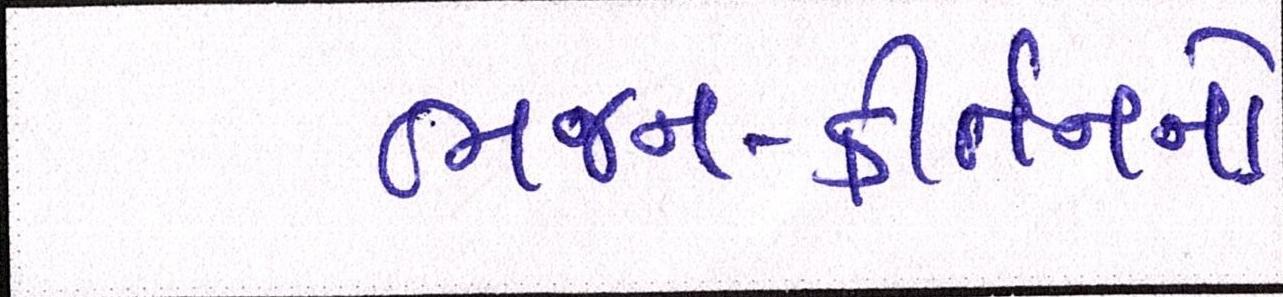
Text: ભજન-કીર્તનનો